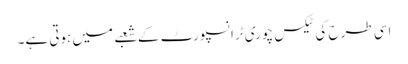
اسی طرح کی ٹیکس چوری ٹرانسپورٹ کے شعبے میں ہوتی ہے۔